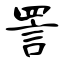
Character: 詈